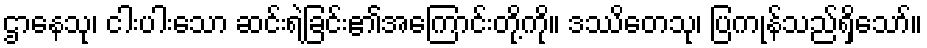
ဌာနေသု၊ ငါးပါးသော ဆင်းရဲခြင်း၏အကြောင်းတို့ကို။ ဒဿိတေသု၊ ပြကုန်သည်ရှိသော်။